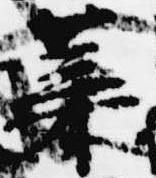
葉